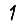
Digit: 1